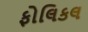
ફોલિકલ